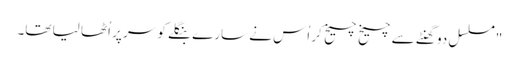
"مسلسل دو گھنٹے سے چیخ چیخ کر اُس نے سارے بنگلے کو سر پر اُٹھا لیا تھا۔